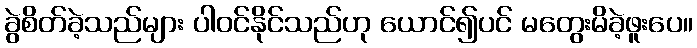
ခွဲစိတ်ခဲ့သည်များ ပါဝင်နိုင်သည်ဟု ယောင်၍ပင် မတွေးမိခဲ့ဖူးပေ။